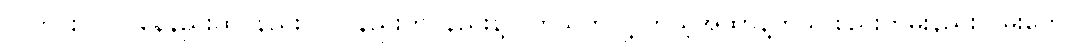
လူတိုင်းလိုလို နေနည်းထိုင်နည်း၊ လုပ်နည်းကိုင်နည်းနဲ့ ပတ်သက်လို့ ကိုယ့်အထာနဲ့ကိုယ် စည်းကမ်းနည်းလမ်းတွေ